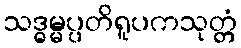
သဒ္ဓမ္မပ္ပတိရူပကသုတ္တံ